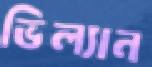
ভিল্যান